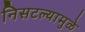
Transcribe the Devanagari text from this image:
निसटल्यामुळे